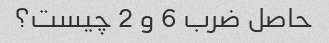
حاصل ضرب 6 و 2 چیست؟